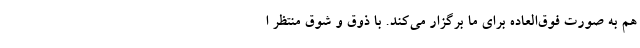
هم به صورت فوق‌العاده برای ما برگزار می‌کند. با ذوق و شوق منتظر ا